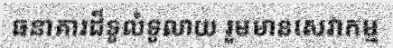
ធនាគារដ៏ទូលំទូលាយ រួមមានសេវាកម្ម